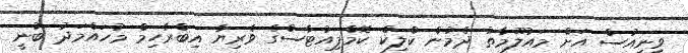
ވީނިއުސް އަށް މައުލޫމާތު ދެމުން ކްލިކް ކޮމްޕިއުޓާސްގެ ވެރިޔާ އިބްރާހިމް މުހައްމަދު ބުނީ